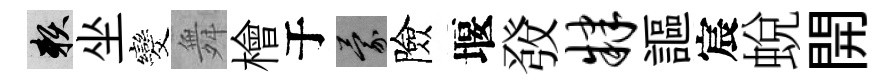
賴坐发舞檜于蒙險堰𤼲肄謳宸蛻開